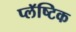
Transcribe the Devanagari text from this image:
प्लॅष्टिक